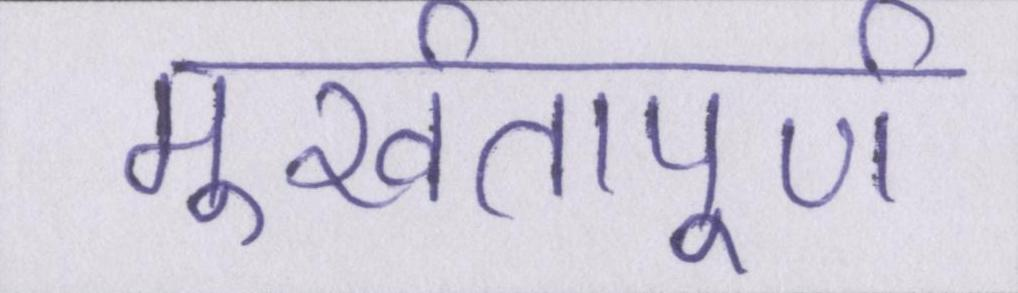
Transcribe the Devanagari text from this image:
मूर्खतापूर्ण